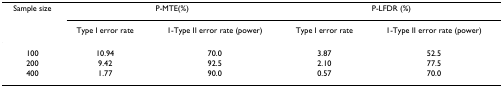
<table><thead><tr><td><b>Sample size</b></td><td colspan="2"><b>P-MTE(%)</b></td><td colspan="2"><b>P-LFDR (%)</b></td></tr><tr><td></td><td><b>Type I error rate</b></td><td><b>1-Type II error rate (power)</b></td><td><b>Type I error rate</b></td><td><b>1-Type II error rate (power)</b></td></tr></thead><tbody><tr><td>100</td><td>10.94</td><td>70.0</td><td>3.87</td><td>52.5</td></tr><tr><td>200</td><td>9.42</td><td>92.5</td><td>2.10</td><td>77.5</td></tr><tr><td>400</td><td>1.77</td><td>90.0</td><td>0.57</td><td>70.0</td></tr></tbody></table>